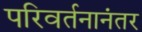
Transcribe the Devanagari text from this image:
परिवर्तनानंतर